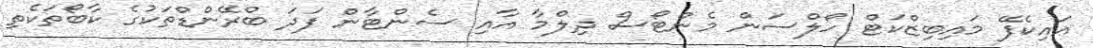
އައިކެފޭ މައިބިޒްކަޓް ހޯލްސަން މެންޓޯސް ދިލްމާ އާއި ސެންޓާން ފަދަ ބްރޭންޑްތަކުގެ ކާބޯތަކެތި